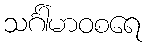
သင်္ဂါမာဝစရေ